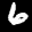
Label: 6